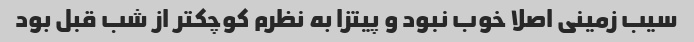
سیب زمینی اصلا خوب نبود و پیتزا به نظرم کوچکتر از شب قبل بود